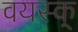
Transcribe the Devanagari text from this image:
वयस्क्